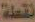
نقطة